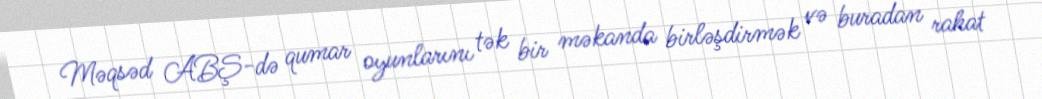
Məqsəd ABŞ-də qumar oyunlarını tək bir məkanda birləşdirmək və buradan rahat